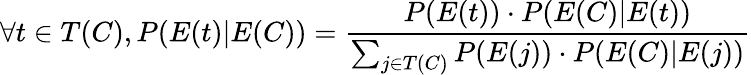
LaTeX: \forall t\in T(C),P(E(t)|E(C))={\frac{P(E(t))\cdot P(E(C)|E(t))}{\sum_{j\in T(C)}P(E(j))\cdot P(E(C)|E(j))}}